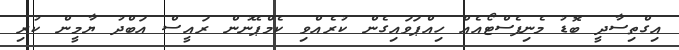
އިގްތިސާދީ ބޮޑު މެނިފެސްޓޯއެއް ހިއްޕަވައިގެން ކުރެއްވި ކެމްޕޭނުން ރައީސް އަބްދު ޔާމީން ކުރި